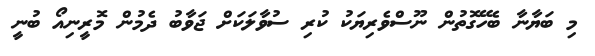
މި ބަޔާނާ ބެހޭގޮތުން ނޫސްވެރިޔަކު ކުރި ސުވާލަކަށް ޖަވާބު ދެމުން މޮރީނިއޯ ބުނީ